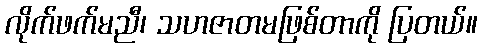
လိုက်ဖက်မညီ၊ သဟဇာတမဖြစ်တာကို ပြတယ်။